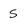
Character: S